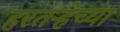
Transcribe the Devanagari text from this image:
हरतर्‍हेच्या